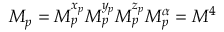
M _ { p } = M _ { p } ^ { x _ { p } } M _ { p } ^ { y _ { p } } M _ { p } ^ { z _ { p } } M _ { p } ^ { \alpha } = M ^ { 4 }